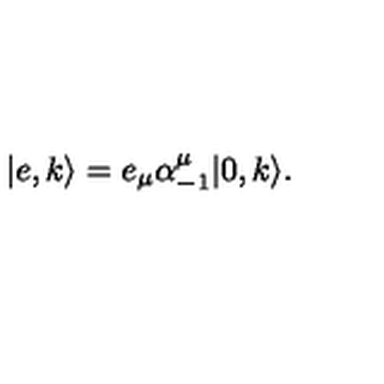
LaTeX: | e , k \rangle = e _ { \mu } \alpha _ { - 1 } ^ { \mu } | 0 , k \rangle .